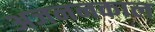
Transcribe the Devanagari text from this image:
अजननकाल